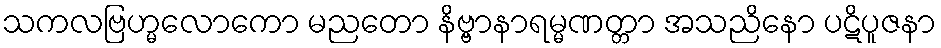
သကလဗြဟ္မလောကော မညတော နိဗ္ဗာနာရမ္မဏတ္တာ အသညိနော ပဋိပူဇနာ